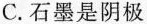
C.石墨是阴极